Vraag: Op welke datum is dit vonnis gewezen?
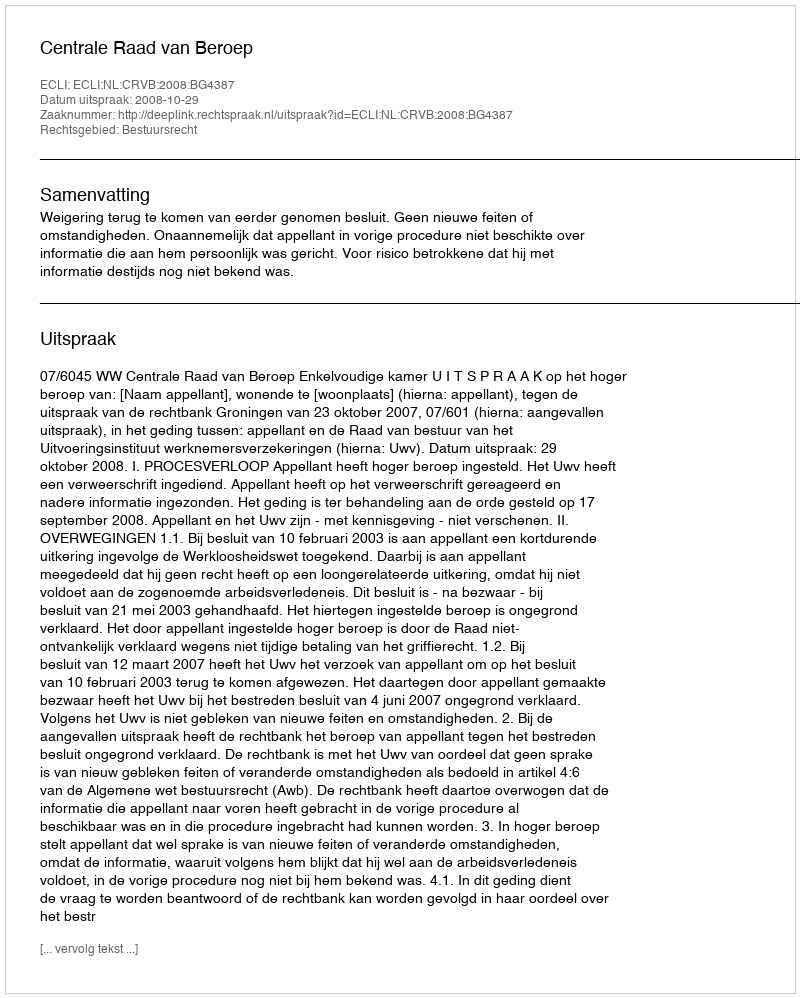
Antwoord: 2008-10-29